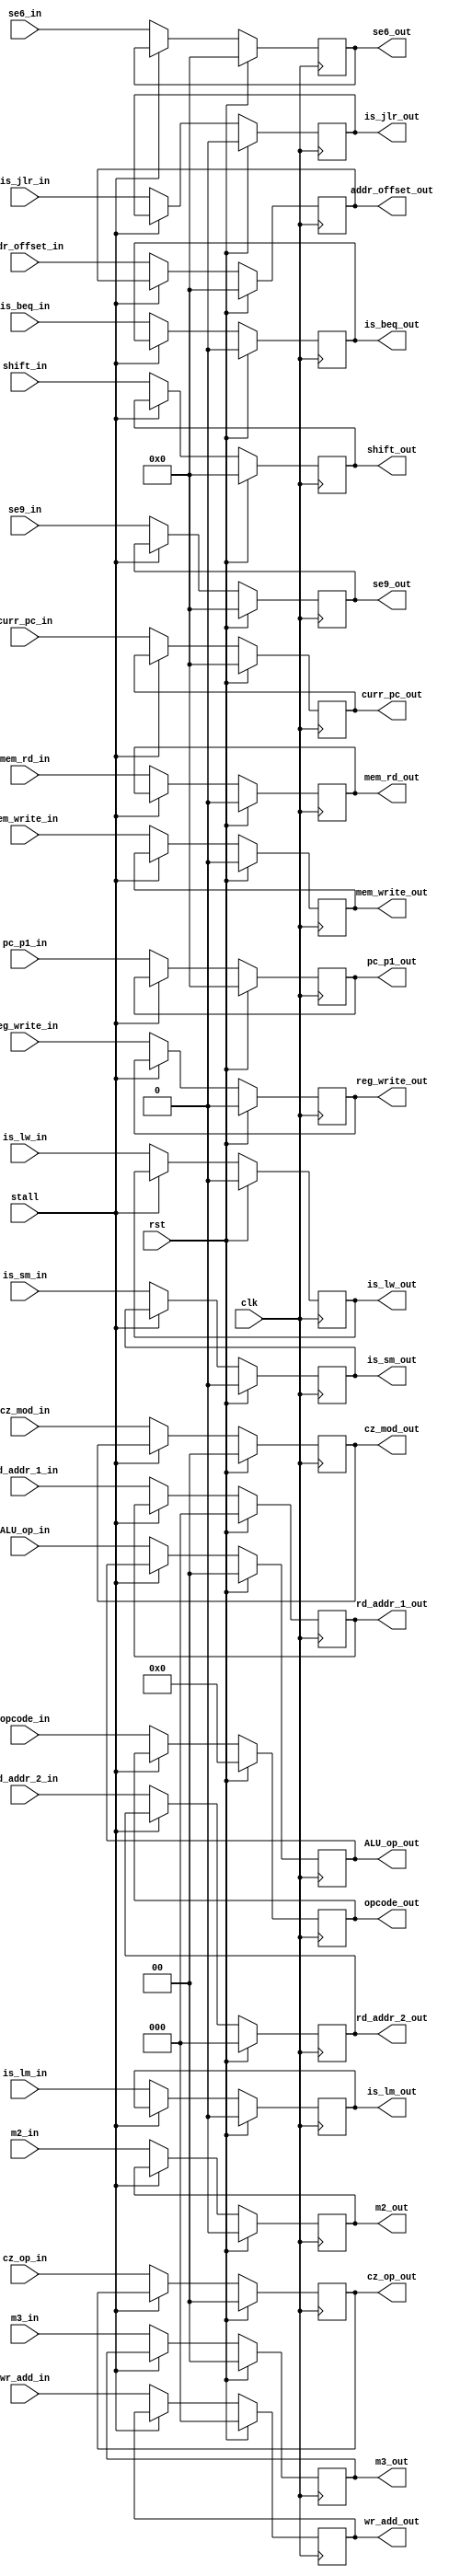
module ID_RR (clk,rst,stall,curr_pc_in,pc_p1_in,rd_addr_1_in,rd_addr_2_in,is_lw_in,is_jlr_in,is_beq_in,m2_in,m3_in,cz_op_in,cz_mod_in,ALU_op_in,reg_write_in,wr_add_in,mem_rd_in,mem_write_in,se6_in,se9_in,shift_in,is_lm_in,is_sm_in,addr_offset_in,opcode_in,curr_pc_out,pc_p1_out,is_lw_out,is_jlr_out,is_beq_out,m2_out,m3_out,cz_op_out,cz_mod_out,ALU_op_out,reg_write_out,wr_add_out,mem_rd_out,mem_write_out,se6_out,se9_out,shift_out,rd_addr_1_out,rd_addr_2_out,is_lm_out,is_sm_out,addr_offset_out,opcode_out);

input clk,rst,stall,is_lw_in,is_jlr_in,is_beq_in,m2_in,reg_write_in,mem_rd_in,mem_write_in,is_lm_in,is_sm_in;
input [15:0] curr_pc_in,pc_p1_in,se6_in,se9_in,shift_in,addr_offset_in; 
input [1:0] m3_in,cz_op_in,cz_mod_in,ALU_op_in;
input [2:0] wr_add_in,rd_addr_1_in,rd_addr_2_in;
input [3:0] opcode_in;
output reg is_lw_out,is_jlr_out,is_beq_out,m2_out,reg_write_out,mem_rd_out,mem_write_out,is_lm_out,is_sm_out;
output reg [15:0] curr_pc_out,pc_p1_out,se6_out,se9_out,shift_out,addr_offset_out;
output reg [1:0] m3_out,cz_op_out,cz_mod_out,ALU_op_out;
output reg [2:0] wr_add_out,rd_addr_1_out,rd_addr_2_out;
output reg [3:0] opcode_out;

always @ (posedge clk)
begin
if(rst)
begin
is_lw_out<= 0; 
m2_out<= 0;
rd_addr_1_out<= 3'b000;
rd_addr_2_out<= 3'b000;
reg_write_out<= 0;
mem_rd_out<= 0;
mem_write_out<= 0;
curr_pc_out<= 16'h0000;
pc_p1_out<= 16'h0000;
wr_add_out<= 3'b000;
se6_out<= 16'h0000;
se9_out<= 16'h0000;
shift_out<= 16'h0000;
m3_out<= 2'b00;
cz_op_out<= 2'b00;
cz_mod_out<= 2'b00;
ALU_op_out<= 2'b00;
is_jlr_out<= 0;
is_beq_out<= 0;
is_lm_out<= 0;
is_sm_out<= 0;
addr_offset_out<= 16'h0000;
opcode_out<= 4'b0000;


end

else
begin
if(!stall)
begin
is_lw_out<= is_lw_in; 
m2_out<= m2_in;
rd_addr_1_out<= rd_addr_1_in;
rd_addr_2_out<= rd_addr_2_in;
reg_write_out<= reg_write_in;
mem_rd_out<= mem_rd_in;
mem_write_out<= mem_write_in;
curr_pc_out<= curr_pc_in;
pc_p1_out<= pc_p1_in;
wr_add_out<= wr_add_in;
se6_out<= se6_in;
se9_out<= se9_in;
shift_out<= shift_in;
m3_out<= m3_in;
cz_op_out<= cz_op_in;
cz_mod_out<= cz_mod_in;
ALU_op_out<= ALU_op_in;
is_jlr_out<= is_jlr_in;
is_beq_out<= is_beq_in;
is_lm_out<=is_lm_in;
is_sm_out<=is_sm_in;
addr_offset_out<= addr_offset_in;
opcode_out<= opcode_in;

end

end

end

endmodule